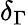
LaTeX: \delta_{\Gamma}